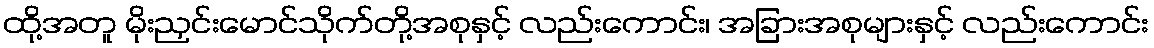
ထို့အတူ မိုးညှင်းမောင်သိုက်တို့အစုနှင့် လည်းကောင်း၊ အခြားအစုများနှင့် လည်းကောင်း